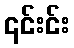
၎င်းင်း